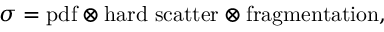
\sigma = \mathrm { p d f } \otimes \mathrm { h a r d ~ s c a t t e r } \otimes \mathrm { f r a g m e n t a t i o n } ,